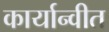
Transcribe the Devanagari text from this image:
कार्यान्‍वीत